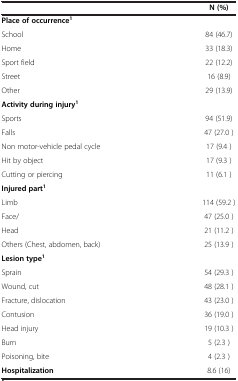
<table><thead><tr><td><b> </b></td><td><b>N (%)</b></td></tr></thead><tbody><tr><td><b>Place of occurrence</b><sup><b>1</b></sup></td><td> </td></tr><tr><td>School</td><td>84 (46.7)</td></tr><tr><td>Home</td><td>33 (18.3)</td></tr><tr><td>Sport field</td><td>22 (12.2)</td></tr><tr><td>Street</td><td>16 (8.9)</td></tr><tr><td>Other</td><td>29 (13.9)</td></tr><tr><td><b>Activity during injury</b><sup><b>1</b></sup></td><td> </td></tr><tr><td>Sports</td><td>94 (51.9)</td></tr><tr><td>Falls</td><td>47 (27.0 )</td></tr><tr><td>Non motor-vehicle pedal cycle</td><td>17 (9.4 )</td></tr><tr><td>Hit by object</td><td>17 (9.3 )</td></tr><tr><td>Cutting or piercing</td><td>11 (6.1 )</td></tr><tr><td><b>Injured part</b><sup><b>1</b></sup></td><td> </td></tr><tr><td>Limb</td><td>114 (59.2 )</td></tr><tr><td>Face/</td><td>47 (25.0 )</td></tr><tr><td>Head</td><td>21 (11.2 )</td></tr><tr><td>Others (Chest, abdomen, back)</td><td>25 (13.9 )</td></tr><tr><td><b>Lesion type</b><sup><b>1</b></sup></td><td> </td></tr><tr><td>Sprain</td><td>54 (29.3 )</td></tr><tr><td>Wound, cut</td><td>48 (28.1 )</td></tr><tr><td>Fracture, dislocation</td><td>43 (23.0 )</td></tr><tr><td>Contusion</td><td>36 (19.0 )</td></tr><tr><td>Head injury</td><td>19 (10.3 )</td></tr><tr><td>Burn</td><td>5 (2.3 )</td></tr><tr><td>Poisoning, bite</td><td>4 (2.3 )</td></tr><tr><td><b>Hospitalization</b></td><td>8.6 (16)</td></tr></tbody></table>